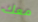
معك